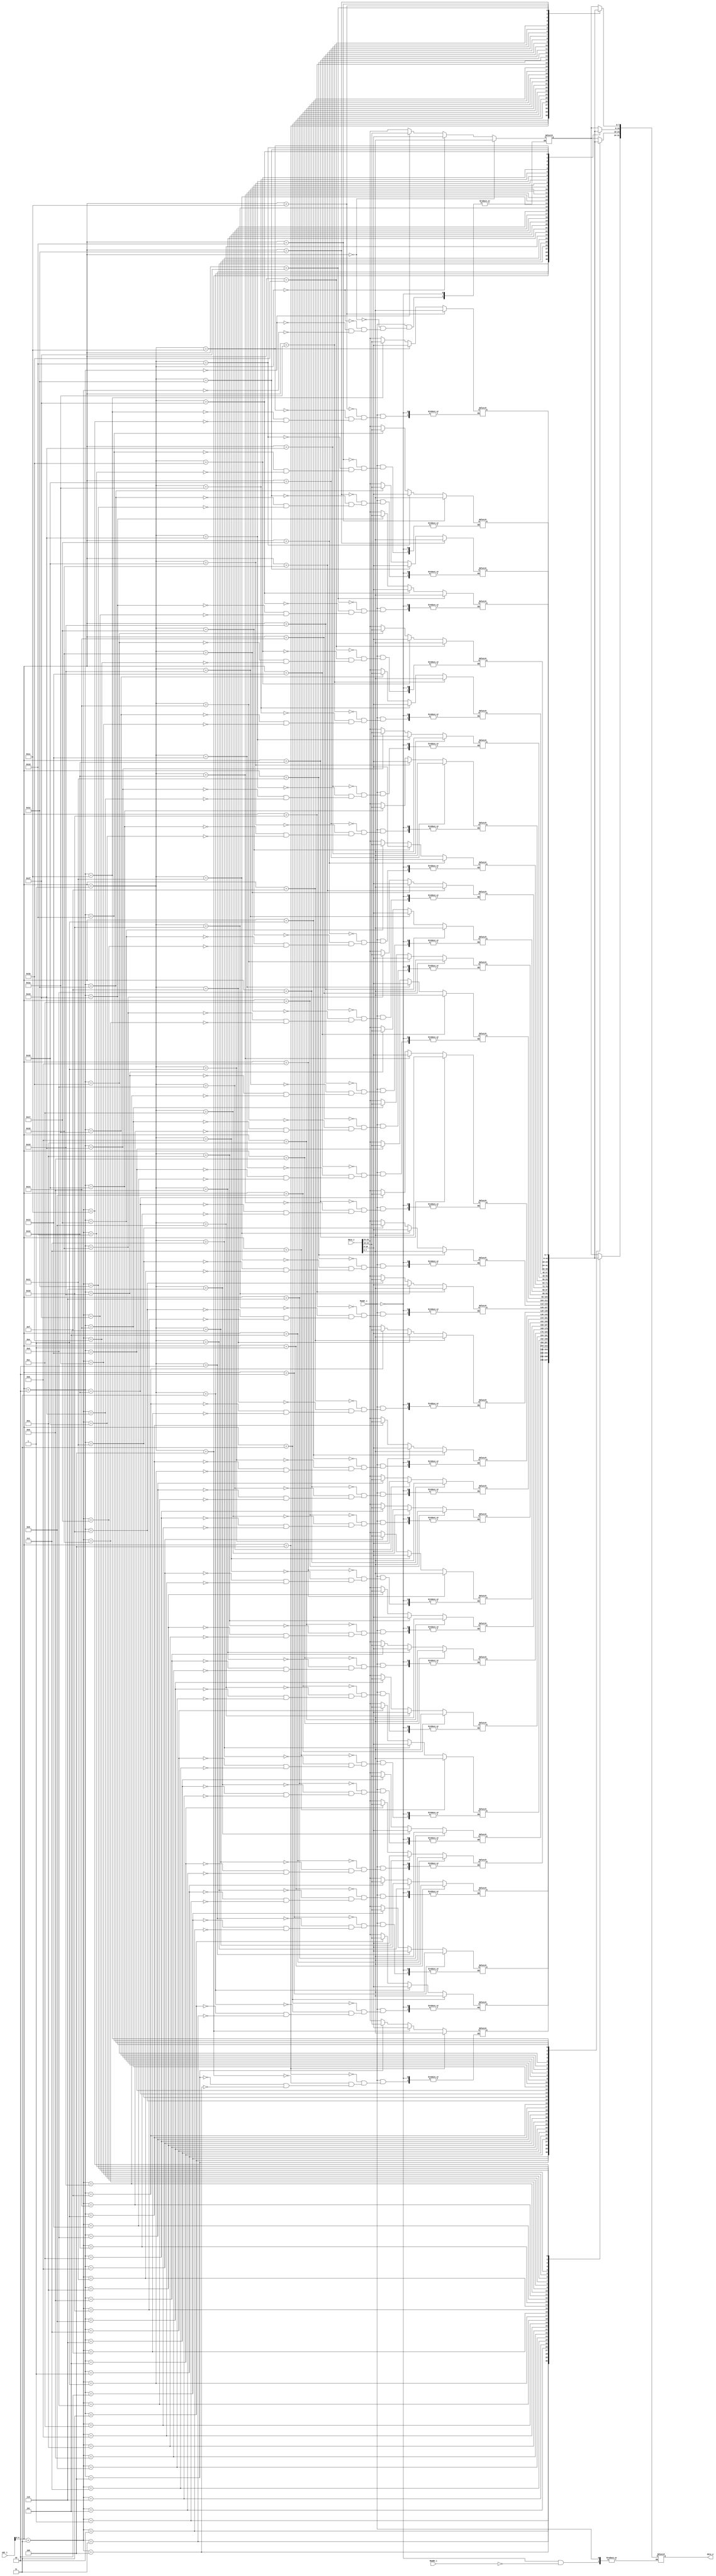
module Data_Memory(
	data_i,
	MemWr_i,
	MemRe_i,
	Adr_i,
	data_o
);

input 	[31:0] 		data_i;
input 				MemWr_i, MemRe_i;
input	[31:0]		Adr_i;
output reg [31:0]	data_o;

reg 	[7:0]		memory 	[31:0];

always @(data_i or MemWr_i or MemRe_i or Adr_i) begin
	if (MemWr_i) begin
		//write data_i to Adr_i
		memory[Adr_i+3] <= data_i[31:24];
		memory[Adr_i+2] <= data_i[23:16];
		memory[Adr_i+1] <= data_i[15:8];
		memory[Adr_i] <= data_i[7:0];
	end
	else if (MemRe_i) begin
		data_o <= {memory[Adr_i+3],memory[Adr_i+2],memory[Adr_i+1],memory[Adr_i]};
	end
end
endmodule